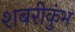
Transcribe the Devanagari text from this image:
शबरीकुंभ